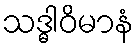
သဒ္ဓါဝိမာနံ